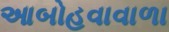
આબોહવાવાળા